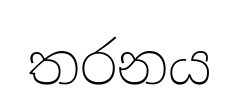
තරනය